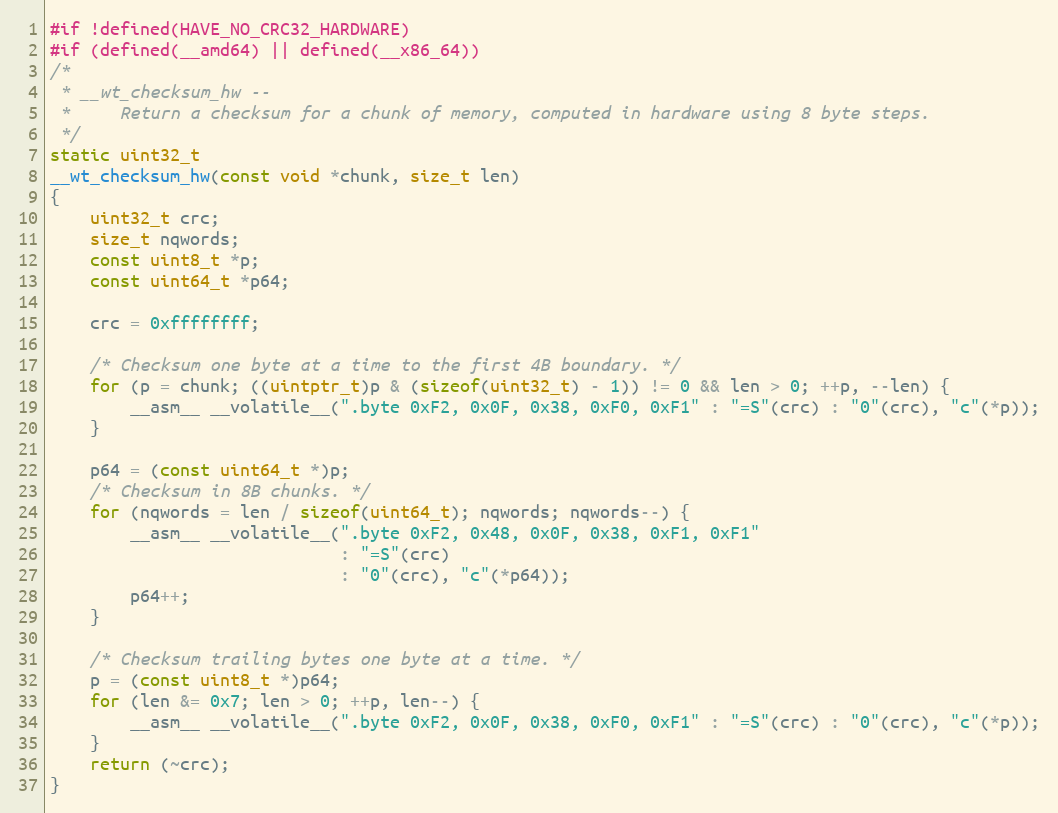
Language: C
#if !defined(HAVE_NO_CRC32_HARDWARE)
#if (defined(__amd64) || defined(__x86_64))
/*
 * __wt_checksum_hw --
 *     Return a checksum for a chunk of memory, computed in hardware using 8 byte steps.
 */
static uint32_t
__wt_checksum_hw(const void *chunk, size_t len)
{
    uint32_t crc;
    size_t nqwords;
    const uint8_t *p;
    const uint64_t *p64;

    crc = 0xffffffff;

    /* Checksum one byte at a time to the first 4B boundary. */
    for (p = chunk; ((uintptr_t)p & (sizeof(uint32_t) - 1)) != 0 && len > 0; ++p, --len) {
        __asm__ __volatile__(".byte 0xF2, 0x0F, 0x38, 0xF0, 0xF1" : "=S"(crc) : "0"(crc), "c"(*p));
    }

    p64 = (const uint64_t *)p;
    /* Checksum in 8B chunks. */
    for (nqwords = len / sizeof(uint64_t); nqwords; nqwords--) {
        __asm__ __volatile__(".byte 0xF2, 0x48, 0x0F, 0x38, 0xF1, 0xF1"
                             : "=S"(crc)
                             : "0"(crc), "c"(*p64));
        p64++;
    }

    /* Checksum trailing bytes one byte at a time. */
    p = (const uint8_t *)p64;
    for (len &= 0x7; len > 0; ++p, len--) {
        __asm__ __volatile__(".byte 0xF2, 0x0F, 0x38, 0xF0, 0xF1" : "=S"(crc) : "0"(crc), "c"(*p));
    }
    return (~crc);
}